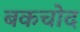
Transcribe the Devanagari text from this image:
बकचोद